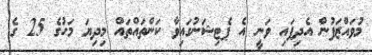
މުވައްޒަފުން އެދިފައި ވަނީ އެ ޕެޓިޝަނުގައިވާ ކަންތައްތައް މިދިޔަ މަހުގެ 25 ގެ